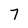
Character: 7